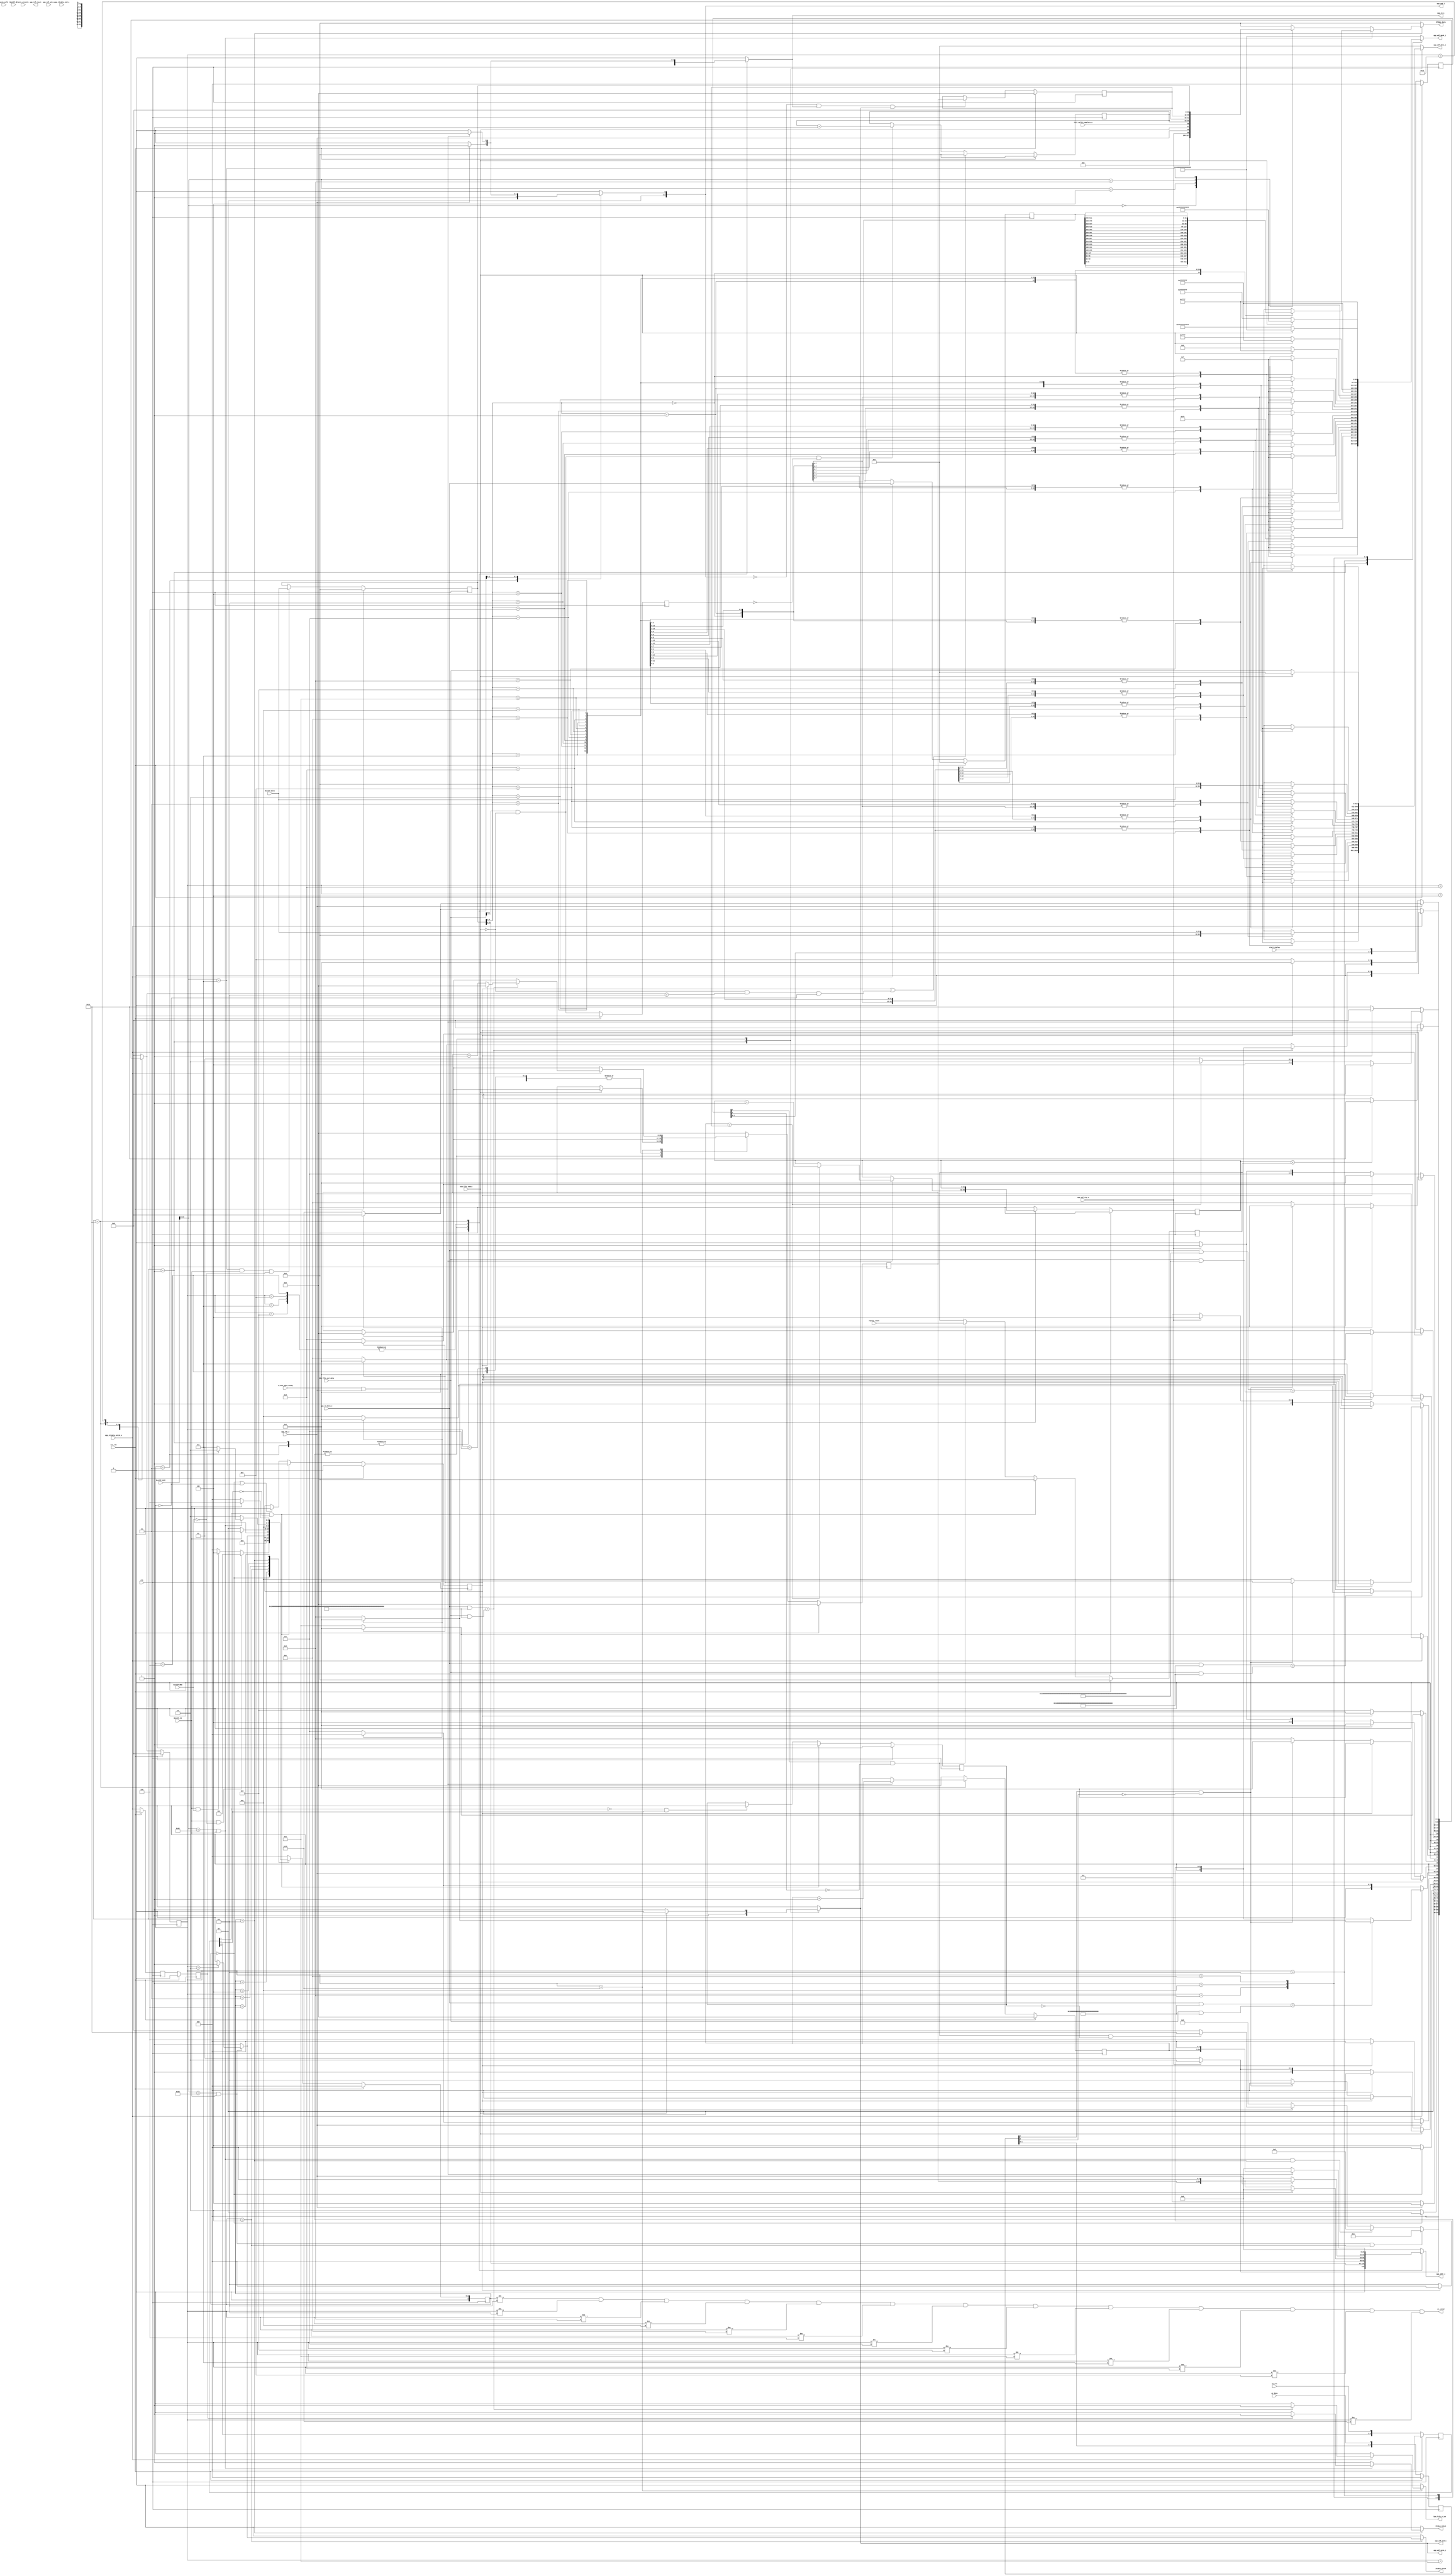
//
// Copyright (c) 2017 University of Cambridge
// Copyright (c) 2017 Jong Hun Han
// All rights reserved
//
// This software was developed by University of Cambridge Computer Laboratory
// under the ENDEAVOUR project (grant agreement 644960) as part of
// the European Union's Horizon 2020 research and innovation programme.
//
// @NETFPGA_LICENSE_HEADER_START@
//
// Licensed to NetFPGA Open Systems C.I.C. (NetFPGA) under one or more
// contributor license agreements. See the NOTICE file distributed with this
// work for additional information regarding copyright ownership. NetFPGA
// licenses this file to you under the NetFPGA Hardware-Software License,
// Version 1.0 (the License); you may not use this file except in compliance
// with the License.  You may obtain a copy of the License at:
//
// http://www.netfpga-cic.org
//
// Unless required by applicable law or agreed to in writing, Work distributed
// under the License is distributed on an "AS IS" BASIS, WITHOUT WARRANTIES OR
// CONDITIONS OF ANY KIND, either express or implied. See the License for the
// specific language governing permissions and limitations under the License.
//
// @NETFPGA_LICENSE_HEADER_END@

`timescale 1ps/1ps

module ddr_if_controller
#(
   parameter   C_S_AXI_DATA_WIDTH      = 32,
   parameter   C_S_AXI_ADDR_WIDTH      = 32,

   parameter   C_M_AXIS_TDATA_WIDTH    = 512,
   parameter   C_M_AXIS_TUSER_WIDTH    = 128
)
(
   input                                                 clk,
   input                                                 rst_clk,

   input                                                 axis_aclk,
   input                                                 axis_aresetn,

   input          [C_M_AXIS_TDATA_WIDTH-1:0]             b2m_fifo_out_data,
   input                                                 b2m_fifo_empty,
   output   reg                                          b2m_fifo_rd_en,

   input                                                 s_conv_m2b_tready,

   input                                                 sw_rst,
   input          [C_S_AXI_ADDR_WIDTH-1 : 0]             replay_count,
   input                                                 start_replay,
   input                                                 wr_done,

   output   reg   [29:0]                                 app_addr_i,
   output   reg   [2:0]                                  app_cmd_i, // read;001, write;000
   output   reg                                          app_en_i,
   output   reg   [511:0]                                app_wdf_data_i,
   output   reg                                          app_wdf_end_i,
   output   reg   [63:0]                                 app_wdf_mask_i,
   output   reg                                          app_wdf_wren_i,

   input                                                 app_wdf_rdy_o,
   input          [511:0]                                app_rd_data_o,
   input                                                 app_rd_data_end_o,
   input                                                 app_rd_data_valid_o,
   input                                                 app_rdy_o,
   input                                                 init_calib_complete_o,
   
   output                                                app_ref_req_i,
   input                                                 app_ref_ack_o,

   input          [C_S_AXI_ADDR_WIDTH-1:0]               Bus2IP_Addr,
   input          [0:0]                                  Bus2IP_CS,
   input                                                 Bus2IP_RNW, // 0: wr, 1: rd
   input          [C_S_AXI_DATA_WIDTH-1:0]               Bus2IP_Data,
   input          [C_S_AXI_DATA_WIDTH/8-1:0]             Bus2IP_BE,

   output   reg   [C_S_AXI_DATA_WIDTH-1:0]               IP2Bus_Data,
   output   reg                                          IP2Bus_RdAck,
   output   reg                                          IP2Bus_WrAck,

   output                                                st_valid
);

`define  IDLE              0

`define  BUS_WR            1
`define  BUS_WR_DONE       2
`define  BUS_WR_WAIT       3
`define  BUS_RD            4
`define  BUS_RD_DONE       5
`define  BUS_RD_WAIT       6

`define  AXIS_BUS_WR       1
`define  AXIS_BUS_WR_WAIT  2
`define  AXIS_BUS_RD       3
`define  AXIS_BUS_RD_WAIT  4
`define  AXIS_WR_0         5
`define  AXIS_WR_CHECK_0   6
`define  AXIS_WR_VALID_0   7
`define  AXIS_WR_1         8
`define  AXIS_WR_CHECK_1   9
`define  AXIS_WR_VALID_1   10
`define  AXIS_WR_2         11
`define  AXIS_WR_CHECK_2   12
`define  AXIS_WR_VALID_2   13
`define  AXIS_WR_3         14
`define  AXIS_WR_CHECK_3   15
`define  AXIS_WR_VALID_3   16
`define  AXIS_RD           17
`define  AXIS_RD_WAIT      18

`define  CTRL_STATUS       16'h0000
`define  PKT_CNT_NO        16'h0004
`define  PKT_END_ADDR      16'h0008
`define  BUS_MEM_ADDR      16'h000c
`define  WR_MEM_DATA       16'h0020
`define  RD_MEM_DATA       16'h0040

wire   resetn = ~rst_clk;

reg   [26:0]   wr_mem_addr, wr_mem_addr_next;
reg   [26:0]   rd_mem_addr, rd_mem_addr_next;
reg   [26:0]   wr_end_addr;

reg   [C_S_AXI_ADDR_WIDTH-1:0]   replay_no, replay_no_next;

wire  wr_bus2mem_en, rd_mem2bus_en;
wire  [511:0]  wdf_data;

reg   [C_S_AXI_ADDR_WIDTH-1:0]   r_replay_count;
reg   [2:0] r_start_replay, r_wr_done, r_sw_rst;

wire  w_m_conv_b2m_tlast;
reg   sw_rst_ff;
reg   [31:0]   bus2mem_addr;
reg   [3:0]    st_bus_current, st_bus_next;
reg   [4:0]    st_axis_current, st_axis_next;
reg   r_clear;
reg   r_m_conv_b2m_tlast;
reg   [31:0]   pkt_cnt;

assign st_valid = (st_bus_current != `BUS_RD_DONE) &
                  (st_axis_current != `AXIS_WR_0) &
                  (st_axis_current != `AXIS_WR_1) &
                  (st_axis_current != `AXIS_WR_2) &
                  (st_axis_current != `AXIS_WR_3) &
                  (st_axis_current != `AXIS_WR_CHECK_0) & (st_axis_current != `AXIS_WR_VALID_0) &
                  (st_axis_current != `AXIS_WR_CHECK_1) & (st_axis_current != `AXIS_WR_VALID_1) &
                  (st_axis_current != `AXIS_WR_CHECK_2) & (st_axis_current != `AXIS_WR_VALID_2) &
                  (st_axis_current != `AXIS_WR_CHECK_3) & (st_axis_current != `AXIS_WR_VALID_3);

reg   r_app_rd_valid_1, r_app_rd_valid_2;
reg   [511:0]  r_app_rd_data;
always @(posedge clk)
   if (rst_clk) begin
      r_app_rd_valid_1  <= 0;
      r_app_rd_valid_2  <= 0;
   end
   else begin
      r_app_rd_valid_1  <= app_rd_data_valid_o;
      r_app_rd_valid_2  <= r_app_rd_valid_1;
   end

always @(posedge clk)
   if (rst_clk)
      r_app_rd_data  <= 0;
   else if (app_rd_data_valid_o)
      r_app_rd_data  <= app_rd_data_o;


always @(posedge clk)
   if (rst_clk) begin
      r_start_replay    <= 0;
      r_wr_done         <= 0;
      r_sw_rst          <= 0;
   end
   else begin
      r_start_replay    <= {r_start_replay[1:0], start_replay};
      r_wr_done         <= {r_wr_done[1:0], wr_done};
      r_sw_rst          <= {r_sw_rst[1:0], sw_rst};
   end

wire en_start_replay = r_start_replay[1] & ~r_start_replay[2];
wire en_wr_done = r_wr_done[1] & ~r_wr_done[2];
wire en_sw_rst0 = r_sw_rst[1]  & ~r_sw_rst[2];
wire en_sw_rst1 = ~r_sw_rst[1] & r_sw_rst[2];

always @(posedge clk)
   if (rst_clk)
      r_replay_count <= 0;
   else if (en_sw_rst0)
      r_replay_count <= 0;
   else if (en_start_replay)
      r_replay_count <= replay_count;

always @(posedge clk)
   if (rst_clk)
      sw_rst_ff   <= 0;
   else if (en_sw_rst0)
      sw_rst_ff   <= 1;
   else if (en_sw_rst1)
      sw_rst_ff   <= 0;

always @(posedge clk)
   if (rst_clk)
      bus2mem_addr   <= 0;
   else if ((Bus2IP_Addr[15:0] == `BUS_MEM_ADDR) & Bus2IP_CS & ~Bus2IP_RNW)
      bus2mem_addr   <= Bus2IP_Data;

always @(posedge clk)
   if (rst_clk)
      wr_end_addr    <= 0;
   else if ((app_cmd_i == 3'b000) & app_en_i & app_wdf_wren_i)
      wr_end_addr    <= wr_mem_addr;

always @(posedge clk)
   if (rst_clk)
      r_clear  <= 0;
   else if (en_sw_rst0)
      r_clear  <= 1;
   else if (st_bus_current == `IDLE || st_axis_current == `IDLE)
      r_clear  <= 0;

always @(posedge clk)
   if (rst_clk)
      r_m_conv_b2m_tlast   <= 0;
   else
      r_m_conv_b2m_tlast   <= b2m_fifo_out_data[511] & ~b2m_fifo_empty;

assign w_m_conv_b2m_tlast = (b2m_fifo_out_data[511] & ~b2m_fifo_empty) & ~r_m_conv_b2m_tlast;

always @(posedge clk)
   if (rst_clk)
      pkt_cnt     <= 0;
   else if (r_clear || (~b2m_fifo_empty && (st_axis_next == `AXIS_WR_0) && (st_axis_current == `IDLE)))
      pkt_cnt     <= 0;
   else if (w_m_conv_b2m_tlast)
      pkt_cnt     <= pkt_cnt + 1;

always @(posedge clk)
   if (rst_clk) begin
      st_bus_current    <= 0;
      st_axis_current   <= 0;
      replay_no         <= 0;
      wr_mem_addr       <= 0;
      rd_mem_addr       <= 0;
   end
   else begin
      st_bus_current    <= st_bus_next;
      st_axis_current   <= st_axis_next;
      replay_no         <= replay_no_next;
      wr_mem_addr       <= wr_mem_addr_next;
      rd_mem_addr       <= rd_mem_addr_next;
   end

//FSM for bus write and read acces
always @(*) begin
   IP2Bus_WrAck      = 0;
   IP2Bus_RdAck      = 0;
   IP2Bus_Data       = 0;
   st_bus_next       = 0;
   case(st_bus_current)
      `IDLE : begin
         st_bus_next    = (Bus2IP_CS & ~Bus2IP_RNW) ? `BUS_WR  :
                          (Bus2IP_CS &  Bus2IP_RNW) ? `BUS_RD  : `IDLE;
      end
      `BUS_WR : begin
         st_bus_next    = `BUS_WR_DONE;
      end
      `BUS_WR_DONE : begin
         if (wr_bus2mem_en) begin
            IP2Bus_WrAck   = (st_axis_current == `AXIS_BUS_WR_WAIT) ? 1 : 0;
            st_bus_next    = (st_axis_current == `AXIS_BUS_WR_WAIT) ? `BUS_WR_WAIT : `BUS_WR_DONE;
         end
         else begin
            IP2Bus_WrAck   = 1;
            st_bus_next    = `BUS_WR_WAIT;
         end
      end
      `BUS_WR_WAIT : begin
         st_bus_next    = (Bus2IP_CS) ? `BUS_WR_WAIT : `IDLE;
      end
      `BUS_RD : begin
         st_bus_next    = `BUS_RD_DONE;
      end
      `BUS_RD_DONE : begin
         if (rd_mem2bus_en) begin
            IP2Bus_RdAck   = (r_app_rd_valid_2) ? 1 : 0;
            st_bus_next    = (r_app_rd_valid_2) ? `BUS_RD_WAIT : `BUS_RD_DONE;
            case (bus2mem_addr[5:2])
               4'h0 : begin
                  IP2Bus_Data = r_app_rd_data[( 0*32)+:32];
               end
               4'h1 : begin
                  IP2Bus_Data = r_app_rd_data[( 1*32)+:32];
               end
               4'h2 : begin
                  IP2Bus_Data = r_app_rd_data[( 2*32)+:32];
               end
               4'h3 : begin
                  IP2Bus_Data = r_app_rd_data[( 3*32)+:32];
               end
               4'h4 : begin
                  IP2Bus_Data = r_app_rd_data[( 4*32)+:32];
               end
               4'h5 : begin
                  IP2Bus_Data = r_app_rd_data[( 5*32)+:32];
               end
               4'h6 : begin
                  IP2Bus_Data = r_app_rd_data[( 6*32)+:32];
               end
               4'h7 : begin
                  IP2Bus_Data = r_app_rd_data[( 7*32)+:32];
               end
               4'h8 : begin
                  IP2Bus_Data = r_app_rd_data[( 8*32)+:32];
               end
               4'h9 : begin
                  IP2Bus_Data = r_app_rd_data[( 9*32)+:32];
               end
               4'ha : begin
                  IP2Bus_Data = r_app_rd_data[(10*32)+:32];
               end
               4'hb : begin
                  IP2Bus_Data = r_app_rd_data[(11*32)+:32];
               end
               4'hc : begin
                  IP2Bus_Data = r_app_rd_data[(12*32)+:32];
               end
               4'hd : begin
                  IP2Bus_Data = r_app_rd_data[(13*32)+:32];
               end
               4'he : begin
                  IP2Bus_Data = r_app_rd_data[(14*32)+:32];
               end
               4'hf : begin
                  IP2Bus_Data = r_app_rd_data[(15*32)+:32];
               end
            endcase
         end
         else begin
            IP2Bus_RdAck   = 1;
            st_bus_next    = `BUS_RD_WAIT;
            case(Bus2IP_Addr[15:0])
               `CTRL_STATUS  : IP2Bus_Data = {28'b0, app_wdf_rdy_o, app_rdy_o, b2m_fifo_empty, init_calib_complete_o};
               `PKT_CNT_NO   : IP2Bus_Data = pkt_cnt;
               `PKT_END_ADDR : IP2Bus_Data = wr_end_addr;
               `BUS_MEM_ADDR : IP2Bus_Data = bus2mem_addr;
            endcase
         end
      end
      `BUS_RD_WAIT : begin
         st_bus_next    = (Bus2IP_CS) ? `BUS_RD_WAIT : `IDLE;
      end
   endcase
end


assign wdf_data = b2m_fifo_out_data;

wire  [511:0]  pattern_0 = {384'h0, {128{1'b1}}};
wire  [511:0]  pattern_1 = {256'h0, {128{1'b1}}, 128'h0};
wire  [511:0]  pattern_2 = {128'h0, {128{1'b1}}, 256'h0};
wire  [511:0]  pattern_3 = {{128{1'b1}}, 384'h0};

assign wr_bus2mem_en = (Bus2IP_Addr[15:0] == `WR_MEM_DATA) & Bus2IP_CS;
assign rd_mem2bus_en = (Bus2IP_Addr[15:0] == `RD_MEM_DATA) & Bus2IP_CS;

// FSM for the stream data control
always @(*) begin
   app_addr_i        = 0;
   app_cmd_i         = 0;
   app_en_i          = 0;
   app_wdf_end_i     = 0;
   app_wdf_wren_i    = 0;
   app_wdf_data_i    = 0;
   app_wdf_mask_i    = {64{1'b1}};
   b2m_fifo_rd_en    = 0;
   rd_mem_addr_next  = 0;
   wr_mem_addr_next  = 0;
   replay_no_next    = 0;
   st_axis_next      = 0;
   case(st_axis_current)
      `IDLE : begin
         st_axis_next      = (wr_bus2mem_en & (st_bus_current == `BUS_WR_DONE)) ? `AXIS_BUS_WR  :
                             (rd_mem2bus_en & (st_bus_current == `BUS_RD_DONE)) ? `AXIS_BUS_RD  :
                             (~b2m_fifo_empty)                                  ? `AXIS_WR_0    :
                             (en_start_replay && ~sw_rst_ff)                    ? `AXIS_RD      : `IDLE;
      end
      `AXIS_BUS_WR : begin
         st_axis_next      = (app_wdf_rdy_o) ? `AXIS_BUS_WR_WAIT : `AXIS_BUS_WR;
         // 0000 1000
         // 0100 0000
         app_addr_i        = {1'b0, bus2mem_addr[31:6], 3'b0};
         app_cmd_i         = 3'b000;
         app_en_i          = 1;
         app_wdf_end_i     = 1;
         app_wdf_wren_i    = 1;
         case (bus2mem_addr[5:2])
            4'h0 : begin
               app_wdf_data_i[( 0*32)+:32] = Bus2IP_Data;
               app_wdf_mask_i[( 0*4)+:4]   = 4'h0;
            end
            4'h1 : begin
               app_wdf_data_i[( 1*32)+:32] = Bus2IP_Data;
               app_wdf_mask_i[( 1*4)+:4]   = 4'h0;
            end
            4'h2 : begin
               app_wdf_data_i[( 2*32)+:32] = Bus2IP_Data;
               app_wdf_mask_i[( 2*4)+:4]   = 4'h0;
            end
            4'h3 : begin
               app_wdf_data_i[( 3*32)+:32] = Bus2IP_Data;
               app_wdf_mask_i[( 3*4)+:4]   = 4'h0;
            end
            4'h4 : begin
               app_wdf_data_i[( 4*32)+:32] = Bus2IP_Data;
               app_wdf_mask_i[( 4*4)+:4]   = 4'h0;
            end
            4'h5 : begin
               app_wdf_data_i[( 5*32)+:32] = Bus2IP_Data;
               app_wdf_mask_i[( 5*4)+:4]   = 4'h0;
            end
            4'h6 : begin
               app_wdf_data_i[( 6*32)+:32] = Bus2IP_Data;
               app_wdf_mask_i[( 6*4)+:4]   = 4'h0;
            end
            4'h7 : begin
               app_wdf_data_i[( 7*32)+:32] = Bus2IP_Data;
               app_wdf_mask_i[( 7*4)+:4]   = 4'h0;
            end
            4'h8 : begin
               app_wdf_data_i[( 8*32)+:32] = Bus2IP_Data;
               app_wdf_mask_i[( 8*4)+:4]   = 4'h0;
            end
            4'h9 : begin
               app_wdf_data_i[( 9*32)+:32] = Bus2IP_Data;
               app_wdf_mask_i[( 9*4)+:4]   = 4'h0;
            end
            4'ha : begin
               app_wdf_data_i[(10*32)+:32] = Bus2IP_Data;
               app_wdf_mask_i[(10*4)+:4]   = 4'h0;
            end
            4'hb : begin
               app_wdf_data_i[(11*32)+:32] = Bus2IP_Data;
               app_wdf_mask_i[(11*4)+:4]   = 4'h0;
            end
            4'hc : begin
               app_wdf_data_i[(12*32)+:32] = Bus2IP_Data;
               app_wdf_mask_i[(12*4)+:4]   = 4'h0;
            end
            4'hd : begin
               app_wdf_data_i[(13*32)+:32] = Bus2IP_Data;
               app_wdf_mask_i[(13*4)+:4]   = 4'h0;
            end
            4'he : begin
               app_wdf_data_i[(14*32)+:32] = Bus2IP_Data;
               app_wdf_mask_i[(14*4)+:4]   = 4'h0;
            end
            4'hf : begin
               app_wdf_data_i[(15*32)+:32] = Bus2IP_Data;
               app_wdf_mask_i[(15*4)+:4]   = 4'h0;
            end
         endcase
      end
      `AXIS_BUS_WR_WAIT : begin
         st_axis_next      = (st_bus_current == `IDLE) ? `IDLE : `AXIS_BUS_WR_WAIT;
      end
      `AXIS_BUS_RD : begin
         app_addr_i        = {1'b0, bus2mem_addr[31:6], 3'b0};
         app_cmd_i         = 3'b001;
         app_en_i          = 1;
         st_axis_next      = (app_rdy_o) ? `AXIS_BUS_RD_WAIT : `AXIS_BUS_RD;
      end
      `AXIS_BUS_RD_WAIT : begin
         st_axis_next      = (st_bus_current == `IDLE) ? `IDLE : `AXIS_BUS_RD_WAIT;
      end
      `AXIS_WR_0 : begin
         if (~b2m_fifo_empty) begin
            app_addr_i        = {wr_mem_addr, 3'b0};
            app_cmd_i         = 3'b000;
            app_en_i          = 1;
            app_wdf_end_i     = 1;
            app_wdf_wren_i    = 1;
            app_wdf_data_i    = wdf_data;
            app_wdf_mask_i    = {{48{1'b1}}, 16'h0};
            wr_mem_addr_next  = wr_mem_addr;
            st_axis_next      = (r_clear) ? `IDLE : (app_wdf_rdy_o) ? `AXIS_WR_CHECK_0 : `AXIS_WR_0;
         end
         else begin
            wr_mem_addr_next  = (r_clear) ? 0     : wr_mem_addr;
            st_axis_next      = (r_clear) ? `IDLE : (en_wr_done) ? `IDLE : `AXIS_WR_0;
         end
      end
      `AXIS_WR_CHECK_0 : begin
         if (app_rdy_o) begin
            app_addr_i        = {wr_mem_addr, 3'b0};
            app_cmd_i         = 3'b001;
            app_en_i          = 1;
            wr_mem_addr_next  = (r_clear) ? 0 : wr_mem_addr;
            st_axis_next      = (r_clear) ? `IDLE : `AXIS_WR_VALID_0;
         end
         else begin
            wr_mem_addr_next  = (r_clear) ? 0 : wr_mem_addr;
            st_axis_next      = (r_clear) ? `IDLE : `AXIS_WR_CHECK_0;
         end
      end
      `AXIS_WR_VALID_0 : begin
         if (app_rd_data_valid_o) begin
            if ((app_rd_data_o & pattern_0) == (wdf_data & pattern_0)) begin
               wr_mem_addr_next  = (r_clear) ? 0 : wr_mem_addr;
               st_axis_next      = (r_clear) ? `IDLE : `AXIS_WR_1;
            end
            else begin
               wr_mem_addr_next  = (r_clear) ? 0 : wr_mem_addr;
               st_axis_next      = (r_clear) ? `IDLE : `AXIS_WR_0;
            end
         end
         else begin
            wr_mem_addr_next  = (r_clear) ? 0 : wr_mem_addr;
            st_axis_next      = (r_clear) ? `IDLE : `AXIS_WR_VALID_0;
         end
      end
      `AXIS_WR_1 : begin
         if (~b2m_fifo_empty) begin
            app_addr_i        = {wr_mem_addr, 3'b0};
            app_cmd_i         = 3'b000;
            app_en_i          = 1;
            app_wdf_end_i     = 1;
            app_wdf_wren_i    = 1;
            app_wdf_data_i    = wdf_data;
            app_wdf_mask_i    = {{32{1'b1}}, 16'h0, {16{1'b1}}};
            wr_mem_addr_next  = wr_mem_addr;
            st_axis_next      = (r_clear) ? `IDLE : (app_wdf_rdy_o) ? `AXIS_WR_CHECK_1 : `AXIS_WR_1;
         end
         else begin
            wr_mem_addr_next  = (r_clear) ? 0     : wr_mem_addr;
            st_axis_next      = (r_clear) ? `IDLE : (en_wr_done) ? `IDLE : `AXIS_WR_1;
         end
      end
      `AXIS_WR_CHECK_1 : begin
         if (app_rdy_o) begin
            app_addr_i        = {wr_mem_addr, 3'b0};
            app_cmd_i         = 3'b001;
            app_en_i          = 1;
            wr_mem_addr_next  = (r_clear) ? 0 : wr_mem_addr;
            st_axis_next      = (r_clear) ? `IDLE : `AXIS_WR_VALID_1;
         end
         else begin
            wr_mem_addr_next  = (r_clear) ? 0 : wr_mem_addr;
            st_axis_next      = (r_clear) ? `IDLE : `AXIS_WR_CHECK_1;
         end
      end
      `AXIS_WR_VALID_1 : begin
         if (app_rd_data_valid_o) begin
            if ((app_rd_data_o & pattern_1) == (wdf_data & pattern_1)) begin
               wr_mem_addr_next  = (r_clear) ? 0 : wr_mem_addr;
               st_axis_next      = (r_clear) ? `IDLE : `AXIS_WR_2;
            end
            else begin
               wr_mem_addr_next  = (r_clear) ? 0 : wr_mem_addr;
               st_axis_next      = (r_clear) ? `IDLE : `AXIS_WR_1;
            end
         end
         else begin
            wr_mem_addr_next  = (r_clear) ? 0 : wr_mem_addr;
            st_axis_next      = (r_clear) ? `IDLE : `AXIS_WR_VALID_1;
         end
      end
      `AXIS_WR_2 : begin
         if (~b2m_fifo_empty) begin
            app_addr_i        = {wr_mem_addr, 3'b0};
            app_cmd_i         = 3'b000;
            app_en_i          = 1;
            app_wdf_end_i     = 1;
            app_wdf_wren_i    = 1;
            app_wdf_data_i    = wdf_data;
            app_wdf_mask_i    = {{16{1'b1}}, 16'h0, {32{1'b1}}};
            wr_mem_addr_next  = wr_mem_addr;
            st_axis_next      = (r_clear) ? `IDLE : (app_wdf_rdy_o) ? `AXIS_WR_CHECK_2 : `AXIS_WR_2;
         end
         else begin
            wr_mem_addr_next  = (r_clear) ? 0     : wr_mem_addr;
            st_axis_next      = (r_clear) ? `IDLE : (en_wr_done) ? `IDLE : `AXIS_WR_2;
         end
      end
      `AXIS_WR_CHECK_2 : begin
         if (app_rdy_o) begin
            app_addr_i        = {wr_mem_addr, 3'b0};
            app_cmd_i         = 3'b001;
            app_en_i          = 1;
            wr_mem_addr_next  = (r_clear) ? 0 : wr_mem_addr;
            st_axis_next      = (r_clear) ? `IDLE : `AXIS_WR_VALID_2;
         end
         else begin
            wr_mem_addr_next  = (r_clear) ? 0 : wr_mem_addr;
            st_axis_next      = (r_clear) ? `IDLE : `AXIS_WR_CHECK_2;
         end
      end
      `AXIS_WR_VALID_2 : begin
         if (app_rd_data_valid_o) begin
            if ((app_rd_data_o & pattern_2) == (wdf_data & pattern_2)) begin
               wr_mem_addr_next  = (r_clear) ? 0 : wr_mem_addr;
               st_axis_next      = (r_clear) ? `IDLE : `AXIS_WR_3;
            end
            else begin
               wr_mem_addr_next  = (r_clear) ? 0 : wr_mem_addr;
               st_axis_next      = (r_clear) ? `IDLE : `AXIS_WR_2;
            end
         end
         else begin
            wr_mem_addr_next  = (r_clear) ? 0 : wr_mem_addr;
            st_axis_next      = (r_clear) ? `IDLE : `AXIS_WR_VALID_2;
         end
      end
      `AXIS_WR_3 : begin
         if (~b2m_fifo_empty) begin
            app_addr_i        = {wr_mem_addr, 3'b0};
            app_cmd_i         = 3'b000;
            app_en_i          = 1;
            app_wdf_end_i     = 1;
            app_wdf_wren_i    = 1;
            app_wdf_data_i    = wdf_data;
            app_wdf_mask_i    = {16'h0, {48{1'b1}}};
            wr_mem_addr_next  = wr_mem_addr;
            st_axis_next      = (r_clear) ? `IDLE : (app_wdf_rdy_o) ? `AXIS_WR_CHECK_3 : `AXIS_WR_3;
         end
         else begin
            wr_mem_addr_next  = (r_clear) ? 0     : wr_mem_addr;
            st_axis_next      = (r_clear) ? `IDLE : (en_wr_done) ? `IDLE : `AXIS_WR_3;
         end
      end
      `AXIS_WR_CHECK_3 : begin
         if (app_rdy_o) begin
            app_addr_i        = {wr_mem_addr, 3'b0};
            app_cmd_i         = 3'b001;
            app_en_i          = 1;
            wr_mem_addr_next  = (r_clear) ? 0 : wr_mem_addr;
            st_axis_next      = (r_clear) ? `IDLE : `AXIS_WR_VALID_3;
         end
         else begin
            wr_mem_addr_next  = (r_clear) ? 0 : wr_mem_addr;
            st_axis_next      = (r_clear) ? `IDLE : `AXIS_WR_CHECK_3;
         end
      end
      `AXIS_WR_VALID_3 : begin
         if (app_rd_data_valid_o) begin
            if ((app_rd_data_o & pattern_3) == (wdf_data & pattern_3)) begin
               b2m_fifo_rd_en    = 1;
               wr_mem_addr_next  = (r_clear) ? 0 : wr_mem_addr+1;
               st_axis_next      = (r_clear) ? `IDLE : `AXIS_WR_0;
            end
            else begin
               wr_mem_addr_next  = (r_clear) ? 0 : wr_mem_addr;
               st_axis_next      = (r_clear) ? `IDLE : `AXIS_WR_3;
            end
         end
         else begin
            wr_mem_addr_next  = (r_clear) ? 0 : wr_mem_addr;
            st_axis_next      = (r_clear) ? `IDLE : `AXIS_WR_VALID_3;
         end
      end
      `AXIS_RD : begin
         if (s_conv_m2b_tready & app_rdy_o) begin
            app_addr_i        = {rd_mem_addr, 3'b0};
            app_cmd_i         = 3'b001;
            app_en_i          = 1;
            rd_mem_addr_next  = rd_mem_addr + 1;
            replay_no_next    = (rd_mem_addr == wr_end_addr) ? replay_no + 1 : replay_no;
            st_axis_next      = (r_clear) ? `IDLE : (rd_mem_addr == wr_end_addr) ? `AXIS_RD_WAIT : `AXIS_RD;
         end
         else begin
            rd_mem_addr_next  = rd_mem_addr;
            replay_no_next    = replay_no;
            st_axis_next      = (r_clear) ? `IDLE : `AXIS_RD;
         end
      end
      `AXIS_RD_WAIT : begin
         rd_mem_addr_next  = 0;
         replay_no_next    = replay_no;
         st_axis_next      = (r_clear) ? `IDLE : (replay_no < r_replay_count) ? `AXIS_RD : `IDLE;
      end
   endcase
end

endmodule